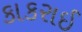
કાકરાઈ